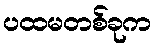
ပထမတစ်ခုက